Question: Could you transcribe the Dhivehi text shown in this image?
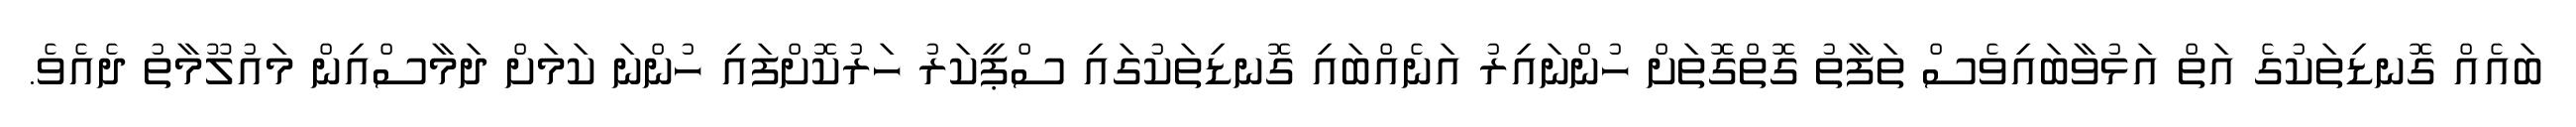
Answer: ބައެއް ގޮނޑިތަކުގެ އަތް އަޅުވާބައިވެސް ތަފާތު ގޮތްގޮތަށް ހުންނައިރު އަނެއްބައި ގޮނޑިތަކުގައި ސްޕީކަރު ހަރުކޮށްފައި ހުންނަ ކަމަށް ދަމާސްއިން މައުލޫމާތު ދެއެވެ.